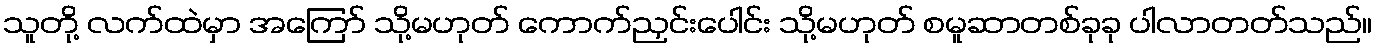
သူတို့ လက်ထဲမှာ အကြော် သို့မဟုတ် ကောက်ညှင်းပေါင်း သို့မဟုတ် စမူဆာတစ်ခုခု ပါလာတတ်သည်။